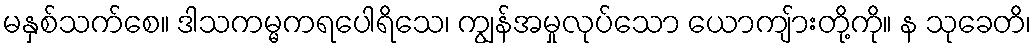
မနှစ်သက်စေ။ ဒါသကမ္မကရပေါရိသေ၊ ကျွန်အမှုလုပ်သော ယောကျ်ားတို့ကို။ န သုခေတိ၊